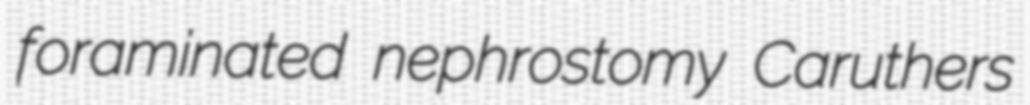
foraminated nephrostomy Caruthers